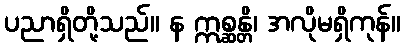
ပညာရှိတို့သည်။ န ဣစ္ဆန္တိ၊ အလိုမရှိကုန်။